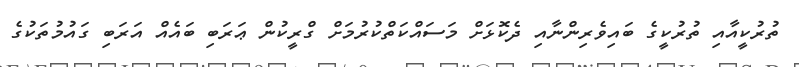
ތުރުކީއާއި ތުރުކީގެ ބައިވެރިންނާއި ދެކޮަޅަށް މަސައްކަތްކުރުމަށް ގްރީކުން ޢަރަބި ބައެއް އަރަބި ގައުމުތަކުގެ